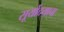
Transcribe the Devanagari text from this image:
सूर्योदयाचा